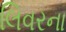
લિવરના